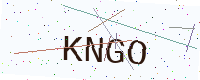
Text: KNGO